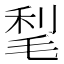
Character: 𣮀